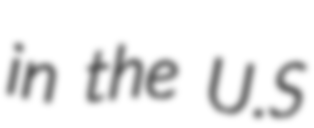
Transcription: in the U.S